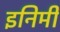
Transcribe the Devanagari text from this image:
इनिमी